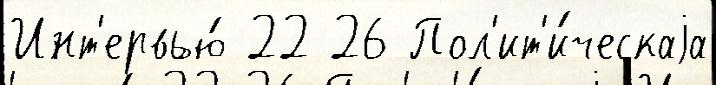
Инт'ервью́ 22 26 Пол'ит'и́ческаjа